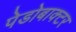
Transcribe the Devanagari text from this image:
पेडोबाक्टर